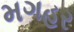
મગહર